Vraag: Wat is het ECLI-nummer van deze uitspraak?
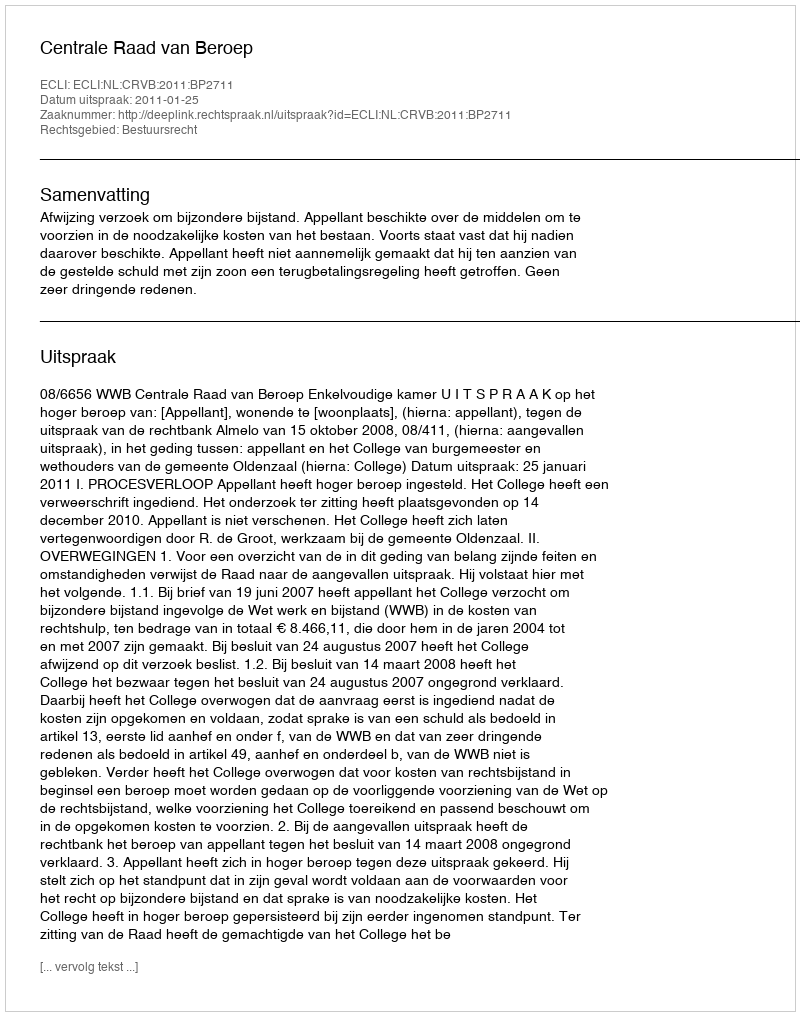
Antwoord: ECLI:NL:CRVB:2011:BP2711